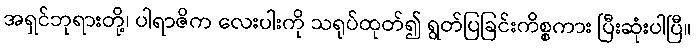
အရှင်ဘုရားတို့၊ ပါရာဇိက လေးပါးကို သရုပ်ထုတ်၍ ရွတ်ပြခြင်းကိစ္စကား ပြီးဆုံးပါပြီ။